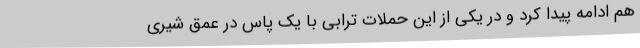
هم ادامه پیدا کرد و در یکی از این حملات ترابی با یک پاس در عمق شیری